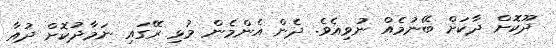
ދޫކޮށް ދާކަށް ބޭނުމެއް ނުވިއެވެ. ދެން އެންމެން މުޅި ރޭގައި ނަމާދުކޮށް ދުއާ